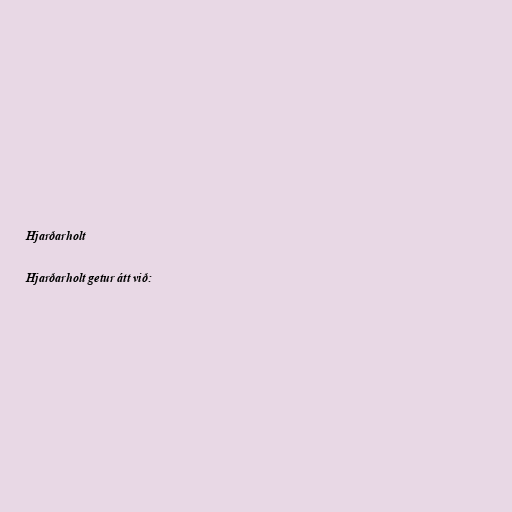
Hjarðarholt

Hjarðarholt getur átt við: